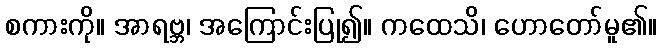
စကားကို။ အာရဗ္ဘ၊ အကြောင်းပြု၍။ ကထေသိ၊ ဟောတော်မူ၏။